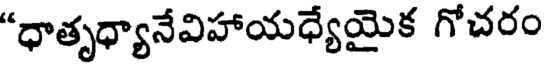
"ధాతృధ్యానేవిహాయధ్యేయైక గోచరం